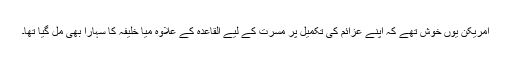
امریکن یوں خوش تھے کہ اپنے عزائم کی تکمیل پر مسرت کے لیے القاعدہ کے علاوہ میا خلیفہ کا سہارا بھی مل گیا تھا۔